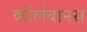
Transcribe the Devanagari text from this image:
कोलंबानस